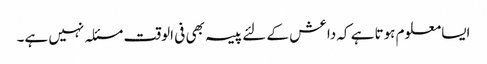
ایسا معلوم ہوتا ہے کہ داعش کے لئے پیسہ بھی فی الوقت مسئلہ نہیں ہے۔